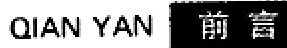
QIAN YAN 前言